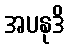
အပနုဒိ